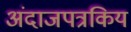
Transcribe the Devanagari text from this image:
अंदाजपत्रकिय